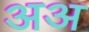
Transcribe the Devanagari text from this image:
अअ